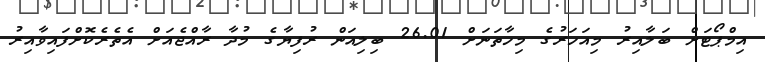
އިމްޕޯޓަށް ބަލާއިރު މިއަހަރުގެ މިހާތަނަށް 26.01 ބިލިއަން ރުފިޔާގެ މުދާ ރާއްޖެއަށް އެތެރެކޮށްފައިވާއިރު